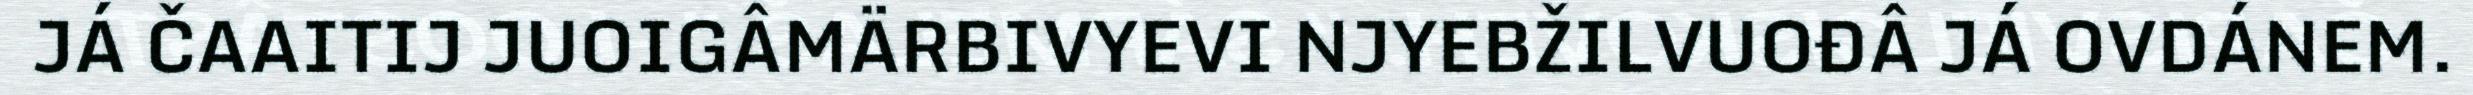
JÁ ČAAITIJ JUOIGÂMÄRBIVYEVI NJYEBŽILVUOĐÂ JÁ OVDÁNEM.